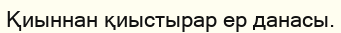
Қиыннан қиыстырар ер данасы.